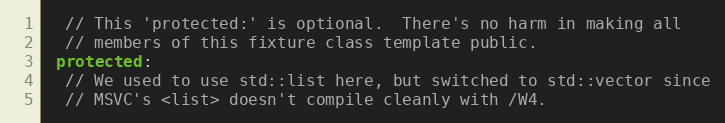
Language: C++
  // This 'protected:' is optional.  There's no harm in making all
  // members of this fixture class template public.
 protected:
  // We used to use std::list here, but switched to std::vector since
  // MSVC's <list> doesn't compile cleanly with /W4.